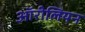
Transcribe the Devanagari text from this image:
ऑरीलियन